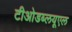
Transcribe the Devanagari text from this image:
टीओडब्लयूएल